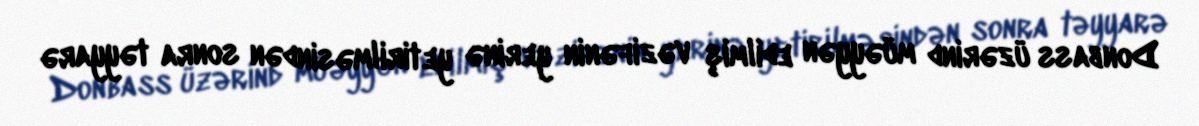
Donbass üzərind müəyyən edilmiş vəzifənin yerinə yetirilməsindən sonra təyyarə